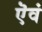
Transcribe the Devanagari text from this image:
ऎवं